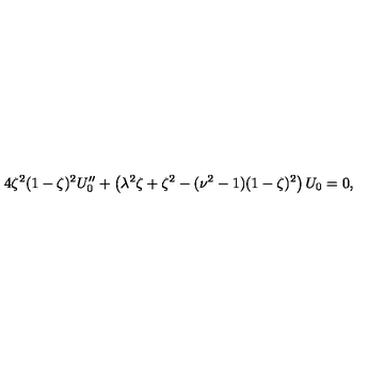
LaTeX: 4 \zeta ^ { 2 } ( 1 - \zeta ) ^ { 2 } U _ { 0 } ^ { \prime \prime } + \left( \lambda ^ { 2 } \zeta + \zeta ^ { 2 } - ( \nu ^ { 2 } - 1 ) ( 1 - \zeta ) ^ { 2 } \right) U _ { 0 } = 0 ,